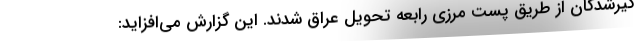
گیرشدگان از طریق پست مرزی رابعه تحویل عراق شدند. این گزارش می‌افزاید: